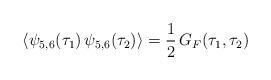
LaTeX: \begin{align*}\langle \psi_{5,6}(\tau_1) \, \psi_{5,6}(\tau_2) \rangle= \frac{1}{2} \, G_F(\tau_1,\tau_2)\end{align*}